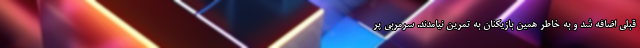
قبلی اضافه شد و به خاطر همین بازیکنان به تمرین نیامدند. سرمربی پر